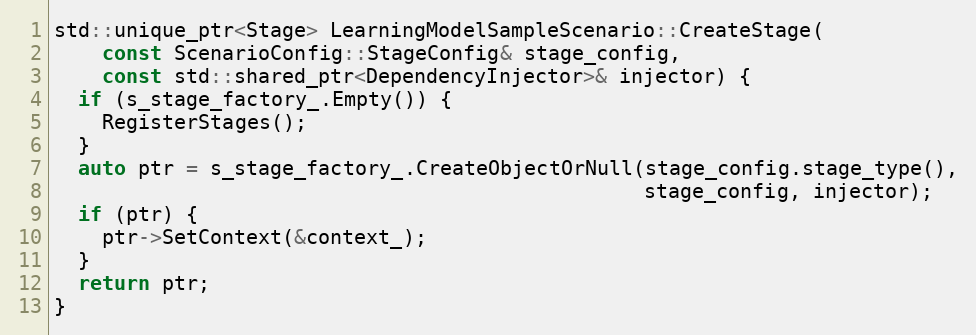
Language: C++
std::unique_ptr<Stage> LearningModelSampleScenario::CreateStage(
    const ScenarioConfig::StageConfig& stage_config,
    const std::shared_ptr<DependencyInjector>& injector) {
  if (s_stage_factory_.Empty()) {
    RegisterStages();
  }
  auto ptr = s_stage_factory_.CreateObjectOrNull(stage_config.stage_type(),
                                                 stage_config, injector);
  if (ptr) {
    ptr->SetContext(&context_);
  }
  return ptr;
}